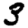
Digit: 3